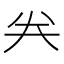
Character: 𠔉